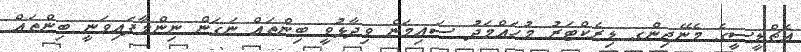
އެޗްޑީސީގެ މެނޭޖިންގ ޑިރެކްޓަރު މުހައްމަދު ސައިމަން ވިދާޅުވީ ބިންތައް ނަގަން ނިންމާފައިވަނީ ބިންތައް